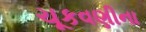
ચૂકવણીના